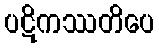
ပဋိကဿတိပေ